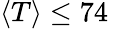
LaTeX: \langle T\rangle\leq 74\